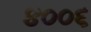
૪૦૦૬